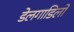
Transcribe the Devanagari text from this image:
डेलगाडिलो